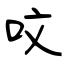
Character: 呅